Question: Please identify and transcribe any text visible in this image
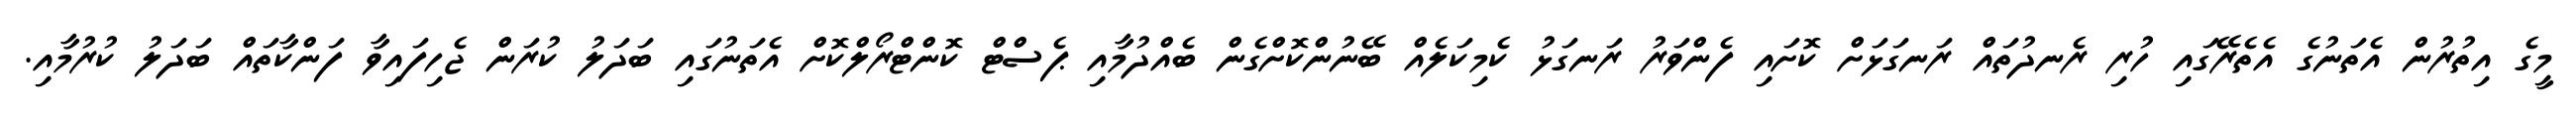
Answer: މީގެ އިތުރުން އެތަނުގެ އެތެރޭގައި ހުރި ރެނދުތައް ރަނގަޅަށް ކޮށައި ފެންވަރު ރަނގަޅު ކެމިކަލެއް ބޭނުންކޮށްގެން ބެއްދުމާއި ޕެސްޓް ކޮންޓްރޯލްކޮށް އެތަނުގައި ބަދަލު ކުރަން ޖެހިފައިވާ ފަންކާތައް ބަދަލު ކުރުމާއި.